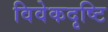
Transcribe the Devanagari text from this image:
विवेकदृष्टि